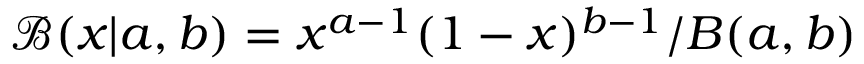
\mathcal { B } ( x | a , b ) = x ^ { a - 1 } ( 1 - x ) ^ { b - 1 } / B ( a , b )